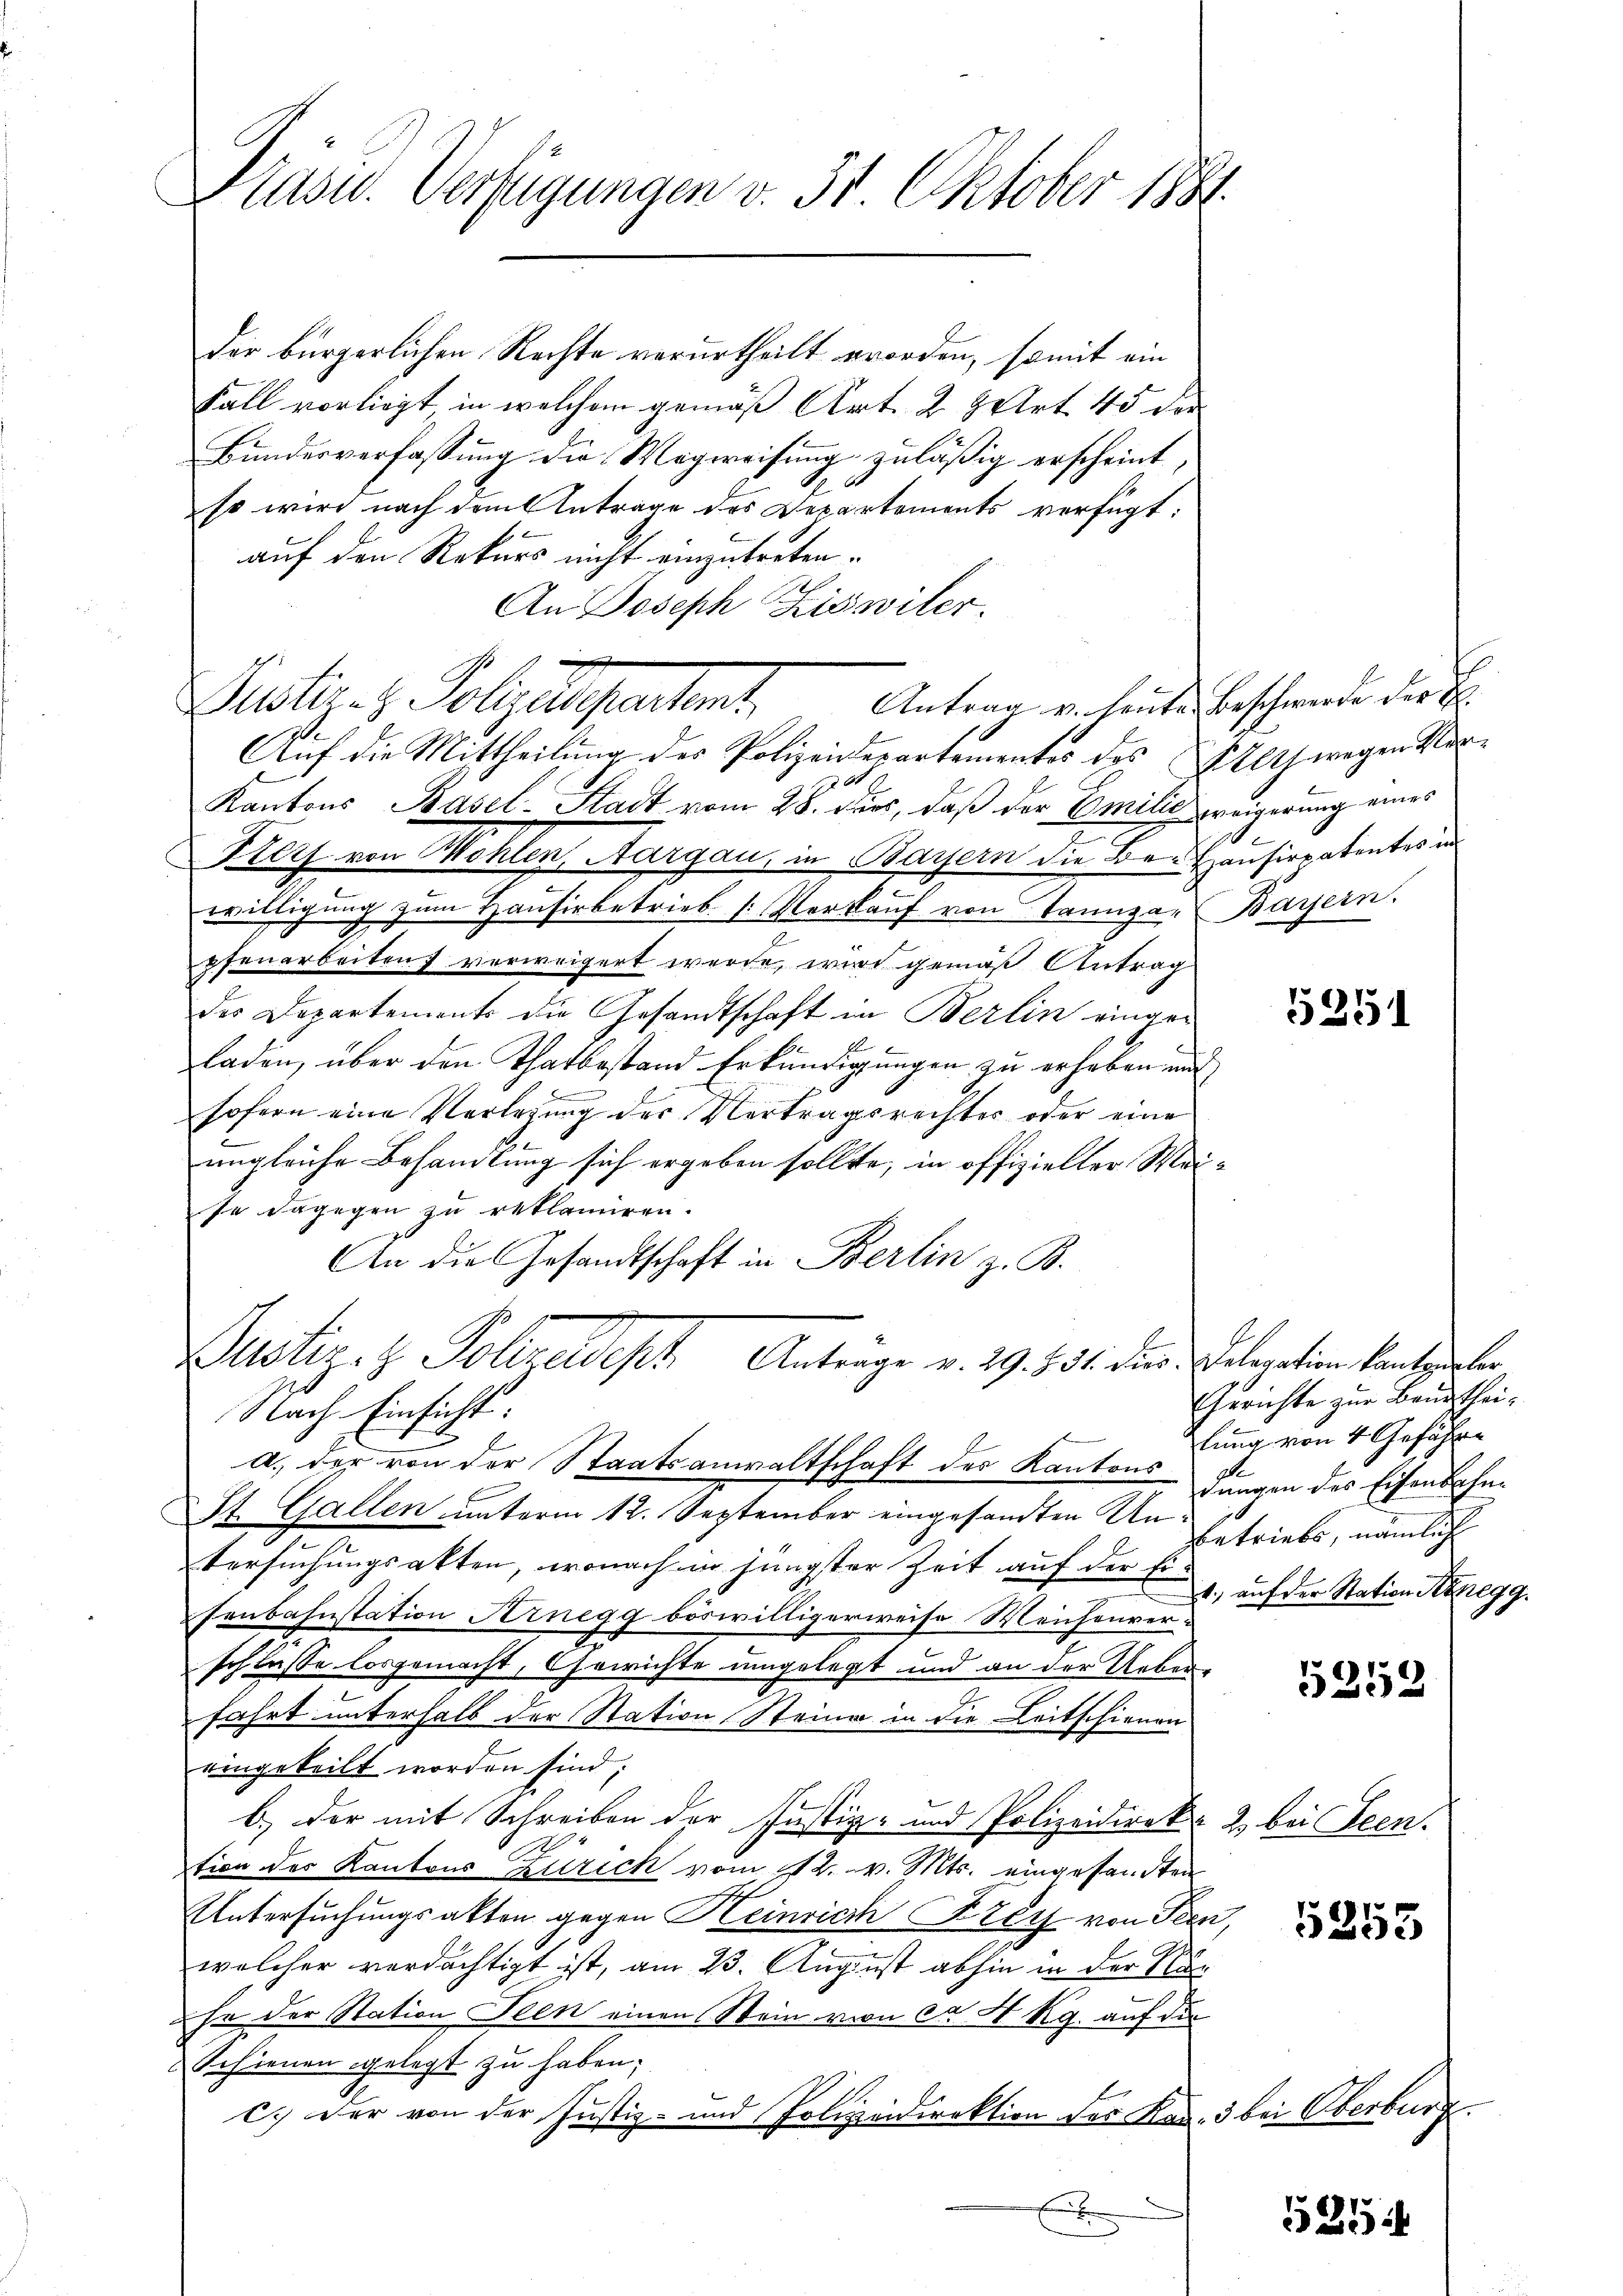
Präsid. Verfügungen v. 31. Oktober 1881.

der bürgerlichen Rechte verurtheilt worden, somit ein
Fall vorliegt in welchem gemäß Art. 29 Art 45 der
Bundesverfassung die Wegweisung zuläßig erscheint,
so wird nach dem Antrage des Departements verfügt:
auf den Rekurs nicht einzutreten.
An Joseph Kiswiler.
1
Distanz obgelegentent
Auf die Mittheilung des Polizeidepartementes des Elts wegen Vord
Kantons Basel-Stadt vom 28. dues, daß der Emilić weigerung eines
Korf von Wohlen, Aargau, in Bayern die Be-Hausirpatentes in
willigung zum Hausirbetrieb. Verkaŭf von Tanza-Bayern.
pfenarbeiten verweigert werde, wird gemäß Antrag
der Departements die Gesandtschaft in Berlin eingeladen, über den Thatbestand Erkundigungen zu erheben aus
sofern eine Verlegung der Vertragsrechter oder eine
ungleiche Besamlung sich ergeben sollte, in offizieller Meise dagegen zu reklamiren.
An die Gesandtschaft in Berlin z. B.
Bustiz- & Polldepr
Antrage v. 29. S. 31. dies Delegation kantonsler
Nach Einsicht:
l
a. der von der Staatsanwaltschaft des Kantons
g
St. Gallen unterm 12. September eingesandten Untersuchungsakten, wonach in jüngster Zeit auf der Eisenbahnstation Arnegg böswilligerweise Weichenver-
schlasse losgemacht, Gewichte umgelegt und an der Ueber¬
.
fahrt unterhalb der Station Steine in die Leitschienen
eingeteilt worden sind;
b.) der mit Schreiben der Justiz- und Polizeidirek- 2 bei Seen.
tion der Kantons Zürich vom 12. v. Mts. eingesandten
Untersuchungsakten gegen Heinrich Frey von Seen,
welcher verdächtigt ist, am 23. August abhin in der Nahn der Station Seen einen Stein von ca 4 kg. auf die
Schienen gelegt zu haben;
c.) Der von der Justiz- und Polizeidirektion des Kad. 3 bei Oberbur
x

Antrag v. heute Beschwerde der B

1

5251

Gerichte zur Baudtheilung von 4 Geführe
dungen des Eisenbahnbetriebe, nämlich
4.) auf der Station Honegg.

5253

5255

5254